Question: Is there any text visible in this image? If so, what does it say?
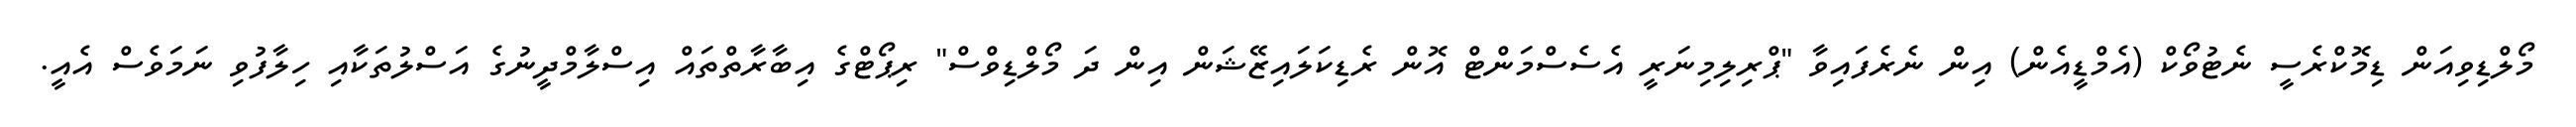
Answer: މޯލްޑިވިއަން ޑިމޮކްރެސީ ނެޓުވޯކް (އެމްޑީއެން) އިން ނެރެފައިވާ "ޕްރިލިމިނަރީ އެސެސްމަންޓް އޮން ރެޑިކަލައިޒޭޝަން އިން ދަ މޯލްޑިވްސް" ރިޕޯޓްގެ އިބާރާތްތައް އިސްލާމްދީނުގެ އަސްލުތަކާއި ހިލާފުވި ނަމަވެސް އެއީ.